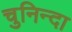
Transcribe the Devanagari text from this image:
चुनिन्‍दा